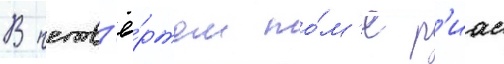
В четв'ё́ртом то́м'е р'иас